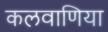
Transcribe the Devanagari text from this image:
कलवाणिया